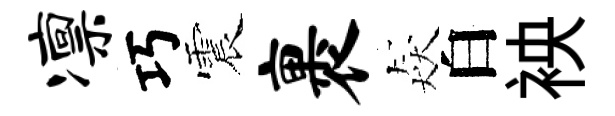
凛巧震裹猋白䘧